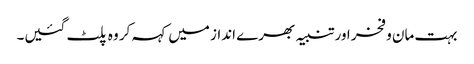
بہت مان و فخر اور تنبیہ بھرے انداز میں کہہ کر وہ پلٹ گئیں۔